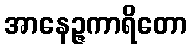
အာနေဉ္ဇကာရိတော